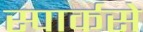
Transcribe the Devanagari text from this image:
स्पार्कसे